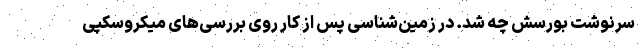
سرنوشت بورسش چه شد. در زمین‌شناسی پس از کار روی بررسی‌های میکروسکپی